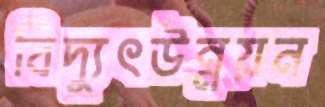
বিদ্যুৎউন্নয়ন